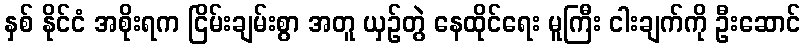
နှစ် နိုင်ငံ အစိုးရက ငြိမ်းချမ်းစွာ အတူ ယှဉ်တွဲ နေထိုင်ရေး မူကြီး ငါးချက်ကို ဦးဆောင်